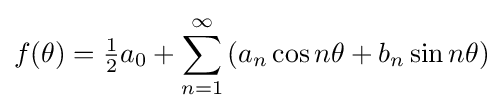
f(\theta )={\tfrac {1}{2}}a_{0}+\sum _{n=1}^{\infty }\left(a_{n}\cos n\theta +b_{n}\sin n\theta \right)